Report on vaccination in Madras 1904-1921 - 1904-1921
Year: 1904
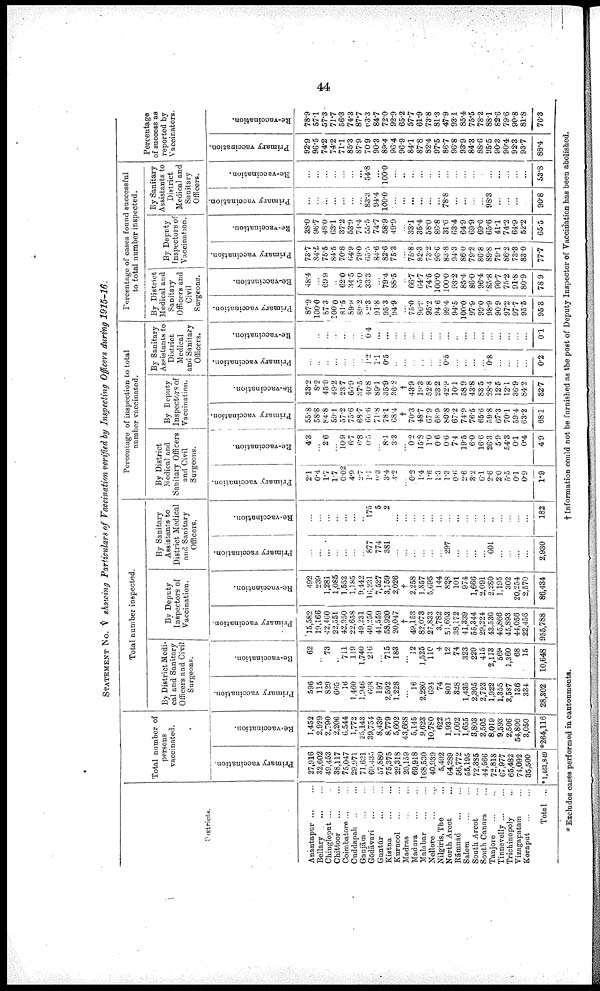
44
STATEMENT No. V showing Particulars of Vaccination verified by Inspecting Officers during 1915-16.
Districts.
Anantapur ...
...
Bellary ... ...
Chingleput ... ...
Chittoor
...
...
Coimbatore ... ...
Cuddapah ... ...
Ganjām ... ...
Gōdāvari
...
...
Guntūr
...
...
Kistna
...
...
Kurnool
...
...
Madras
...
...
Madura
...
...
Malabar
...
...
Nellore ... ...
Nilgiris.The ...
North Arcot ...
Rāmnād
...
...
Salem ... ...
South Arcot ...
South Canara ... ...
Tanjore
...
...
Tinnevelly ... ...
Trichinopoly ...
Vizagapatam ... ...
Koraput ... ...
Total ...
Total number of
persons
vaccinated.
Primary vaccination.
27,916
32,602
49,453
38,117
75,047
29,971
71,621
60,435
57,880
75,375
29,318
20,159
69,918
168,530
40,939
5,492
64,289
56,772
55,195
72,385
44,566
72,818
67,977
65,482
74,092
35,500
*1,461,849
Re-vaccination.
1,452
2,929
2,790
2,206
6,544
1,772
25,143
39,754
8,439
8,779
5,602
43,668
5,145
9,623
10,780
622
1,935
1,002
1,655
3,803
2,505
8,019
9,593
2,506
54,800
3,050
*264,116
Total number inspected.
By District Medi
cal and Sanitary
Officers and Civil
Surgeons.
Primary vaccination.
596
115
829
665
16
1,460
1,946
668
197
2,592
1,228
...
l6
2,280
694
74
801
328
1,435
2,305
2,723
1,922
1,355
3,587
136
334
28,302
Re-vaccination.
62
...
73
...
711
119
1,740
216
...
715
183
...
12
1,525
110
4
12
74
323
229
415
2,113
569
1,360
68
15
10,648
By Deputy
Inspectors of
Vaccination.
Primary vaccination.
15,582
19,166
42,460
22,551
42,950
22,658
49,231
40,250
41,559
58,920
20,047
†
49,153
82,073
27,833
3,782
51,693
38,172
41,339
55,344
29,224
43,530
45,866
45,893
44,056
22,456
955,788
Re-vaccination.
492
239
1,281
1,085
1,552
1,185
9,442
16,231
7,527
3,159
2,026
†
2,258
1,857
5,695
144
828
101
974
1,666
2,091
2,280
1,195
302
20,254
2,570
86,434
By Sanitary
Assistants to
District Medical
and Sanitary
Officers.
Primary vaccination.
...
...
...
...
...
...
...
877
774
381
...
...
...
...
...
...
297
...
...
...
...
601
...
...
...
...
2,930
Re-vaccination.
...
...
...
...
...
...
...
l75
5
2
...
...
...
...
...
...
...
...
...
...
...
...
...
...
...
...
182
Percentage of inspection to total
number vaccinated.
By District
Medical and
Sanitary Officers
and Civil
Surgeons.
Primary vaccination.
2.1
0.4
1.7
1.7
0.02
4.9
2.7
1.1
9.3
3.4
4.2
...
0.2
1.4
1.6
1.3
1.3
0.6
2.6
3.2
6.1
2.6
2.0
5.5
0.1
0.9
1.9
Re-vaccination.
4.3
...
2.6
...
10.9
6.7
6.8
0.5
...
8.1
3.3
...
0.2
15.8
1.0
0.6
0.6
7.4
19.5
6.0
16.6
26.3
5.9
54.3
0.1
0.4
4.9
By Deputy
Inspectors of
Vaccination.
Primary vaccination.
55.8
58.8
84.8
59.1
57.2
75.6
68.7
66.6
71.8
78.1
68.4
†
70.3
48.7
67.9
68.9
80.8
67.2
74.9
76.5
65.6
59.8
67.3
70.1
59.4
63.2
68.1
Re-vaccination.
33.2
8.2
45.9
49.2
23.7
66.9
37.5
40.8
89.1
35.9
36.2
†
43.9
19.3
52.8
23.2
42.9
10.1
58.9
43.8
83.5
28.4
12.5
12.1
36.9
84.2
32.7
By Sanitary
Assistants to
District
Medical
and Sanitary
Officers.
Primary vaccination.
...
...
...
...
...
...
...
1.2
1.1
0.5
...
...
...
...
...
...
0.5
...
...
...
...
0.8
...
...
...
...
0.2
Re-vaccination.
...
...
...
...
...
...
...
0.4
...
...
...
...
...
...
...
...
...
...
...
...
...
...
...
...
...
...
0.1
Percentage of cases found successful
to total number inspected.
By District
Medical and
Sanitary
Officers and
Civil
Surgeons.
Primary vaccination.
87.9
100.0
87.3
100.0
81.5
89.9
89.2
82.3
91.8
95.3
94.9
...
75.0
96.9
95.2
94.6
99.4
94.5
100.0
97.9
99.0
98.9
90.9
97.2
97.7
95.5
95.3
Re-vaccination.
48.4
...
69.9
...
62.0
34.5
85.0
33.3
...
79.4
88.5
...
66.7
64.7
74.5
100.0
100.0
93.2
85.4
86.0
96.4
85.8
90.7
75.2
91.8
80.9
78.9
By Deputy
Inspectors of
Vaccination.
Primary vaccination.
73.7
84.5
75.5
84.5
70.8
64.9
79.0
65.5
84.6
82.6
75.3
...
75.8
82.3
73.2
96.6
83.8
94.3
86.0
79.2
86.8
89.8
79.1
86.2
73.3
83.0
77.7
Re-vaccination.
38.0
96.7
48.0
63.1
37.2
53.9
74.4
55.5
74.7
58.9
49.9
...
33.1
35.4
58.0
86.8
31.6
63.4
64.9
69.9
69.6
65.6
41.1
74.2
64.9
52.2
65.5
By Sanitary
Assistants to
District
Medical and
Sanitary
Officers.
Primary vaccination.
...
...
...
...
...
...
...
83.3
94.4
100.0
...
...
...
...
...
...
78.8
...
...
...
...
98.3
...
...
...
...
90.8
Re-vaccination.
...
...
...
...
...
...
...
54.8
...
100.0
...
..
...
...
...
...
...
...
...
...
...
...
...
...
...
...
53.8
Percentage
of success as
reported by
Vaccinators.
Primary vaccination.
92.9
96.5
74.2
74.2
71.1
85.3
87.9
70.9
90.3
89.4
96.4
96.9
84.1
87.8
82.4
97.5
86.7
96.8
93.9
84.3
88.6
95.5
90.3
90.4
92.3
93.7
88.4
Re-vaccination.
78.9
57.1
57.3
71.7
56.3
74.3
87.7
63.3
84.7
72.0
92.9
65.2
57.7
61.9
73.8
81.3
47.9
93.1
85.4
75.5
78.2
88.1
82.6
79.6
90.8
81.8
76.3
* Excludes cases performed in cantonments.
† Information could not be furnished as the post of Deputy Inspector of Vaccination has been abolished.